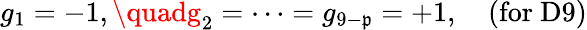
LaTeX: g_{1}=-1,\quadg_{2}=\cdots=g_{9-\mathfrak{p}}=+1,\quad\mathrm{{(for~D9)}}